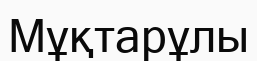
Мұқтарұлы